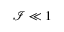
\mathcal { I } \ll 1